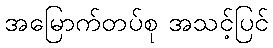
အမြောက်တပ်စု အသင့်ပြင်